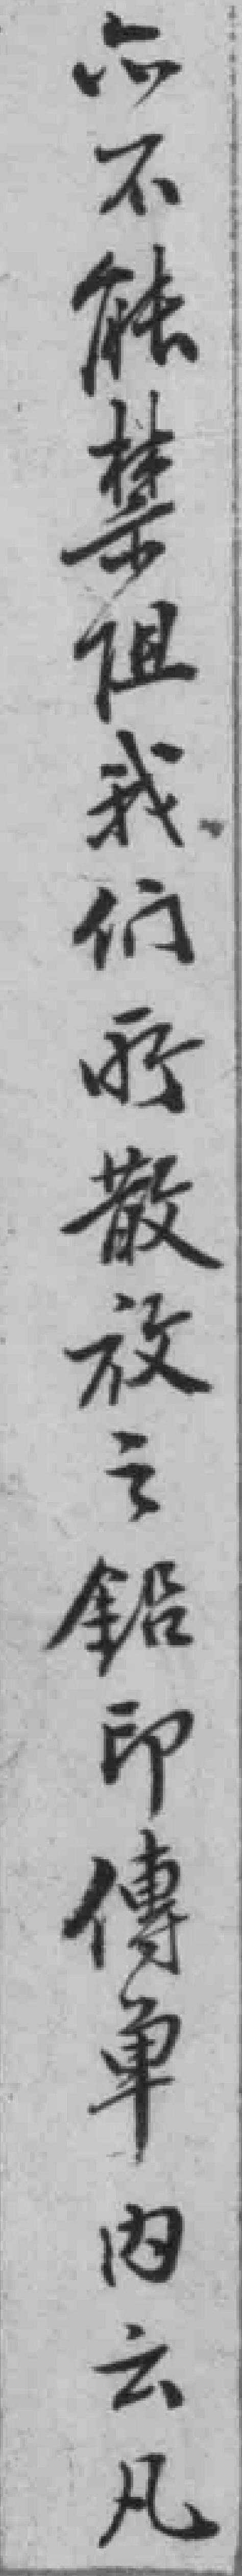
亦不能禁阻我们所散放之鉛印傳单内云凡